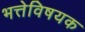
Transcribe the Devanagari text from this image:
भत्तेविषयक